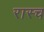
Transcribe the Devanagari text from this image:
रास्च